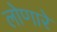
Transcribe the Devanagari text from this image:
लोणारे